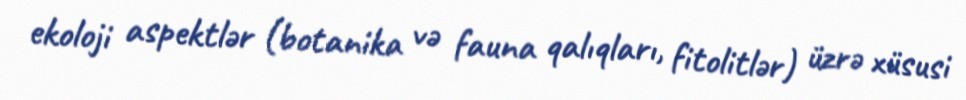
ekoloji aspektlər (botanika və fauna qalıqları, fitolitlər) üzrə xüsusi